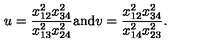
u = \frac { x _ { 1 2 } ^ { 2 } x _ { 3 4 } ^ { 2 } } { x _ { 1 3 } ^ { 2 } x _ { 2 4 } ^ { 2 } } \mathrm { a n d } v = \frac { x _ { 1 2 } ^ { 2 } x _ { 3 4 } ^ { 2 } } { x _ { 1 4 } ^ { 2 } x _ { 2 3 } ^ { 2 } } .